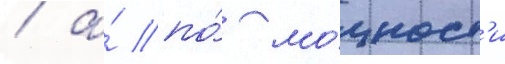
/ а́ по́ мо́щност'и